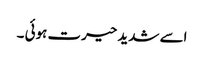
اسے شدید حیرت ہوئی ۔